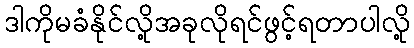
ဒါကိုမခံနိုင်လို့အခုလိုရင်ဖွင့်ရတာပါလို့